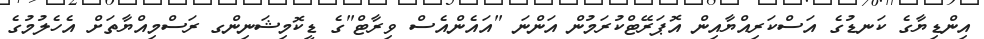
އިންޑިޔާގެ ކަނޑުގެ އަސްކަރިއްޔާއިން އޮޕަރޭޓްކުރަމުން އަންނަ "އައެންއެސް ވިރާޓް"ގެ ޑީކޮމިޝަނިންގ ރަސްމިއްޔާތަށް އެހެލުމުގެ